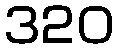
320